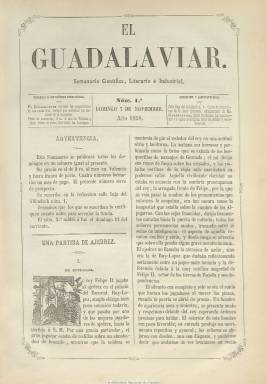
Título: El Guadalaviar (Valencia)
Colección: Cultura
Ámbito geográfico: Valencia
Lugar de publicación: Valencia
Fechas: 07/11/1858-08/09/1859

Subtitulado “semanario científico, literario e industrial”, aparece su primer número el siete de noviembre de 1858 (había publicado previamente un prospecto en una hoja), adoptando el título el nombre con el que también se conoce al río Júcar, desde su nacimiento hasta la ciudad de Teruel. Publica artículos de variados asuntos, como son los dedicados a música, historia, biografía, costumbres, viajes, economía, modas y otras curiosidades, junto a otros de creación literaria, tanto en prosa (breves relatos) como en verso. Además ofrece crónicas y revistas de teatros. Inserta también algunos grabados y algunas de sus capitulares son decorativas.

Su fundador y editor responsable es Juan B. Viñarta. Entre sus redactores estuvieron Francisco Calvo y Rodríguez, Vicente R. Greus y Félix Pizcueta, y entre sus principales colaboradores, José Vicente Nebot, autor de una novela original; Miguel Vicente Roca y José Moreno. Muchas son las firmas que aparecen bajo sus textos, entre las que se encuentran las de José Cortés y Esteban, Jaime Martí y Miquel, E. Serrano Fatigati, Miguel V. Roca, M. Jiménez o las de Eduarda Moreno Morales y Antonia Díaz F. También aparecen algunas iniciales, como las de V.J.B, y algún seudónimo, como es el caso de El-Modhafer. C. Calvo y Rodríguez y el propio Viñarta son los autores de sus crónicas teatrales.

Sus números son de ocho páginas, compuestos a dos columnas y estampados en la imprenta de José Mateu Garín. Su primer tomo llega hasta el número 33 (26 de junio de 1859), apareciendo sus entregas cada domingo. A partir de aquí comienza su segunda época, con una frecuencia de cuatro veces al mes, en días indeterminados, llegando la colección de la BNE hasta el número 36, correspondiente al ocho de septiembre de 1859.  En octubre de este año asumió su dirección el historiador, literato y periodista Vicente Boix (1813-1880), y siguió publicándose hasta por lo menos el 27 de noviembre. Ha sido clasificado como semanario literario de tendencia progresista, como lo fue la primera etapa de la vida del propio Boix.